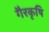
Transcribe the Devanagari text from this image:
गैरकृषि